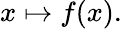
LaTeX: x\mapsto f(x).